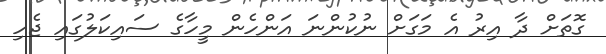
ގޮތަށް ދާ އިރު އެ މަގަށް ނުކުންނަ އަންހެން މީހާގެ ސައިކަލުގައި ޖެހި